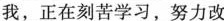
我，正在刻苦学习，努力改